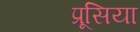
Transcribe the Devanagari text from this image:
प्रूसिया